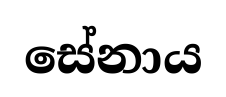
සේනාය